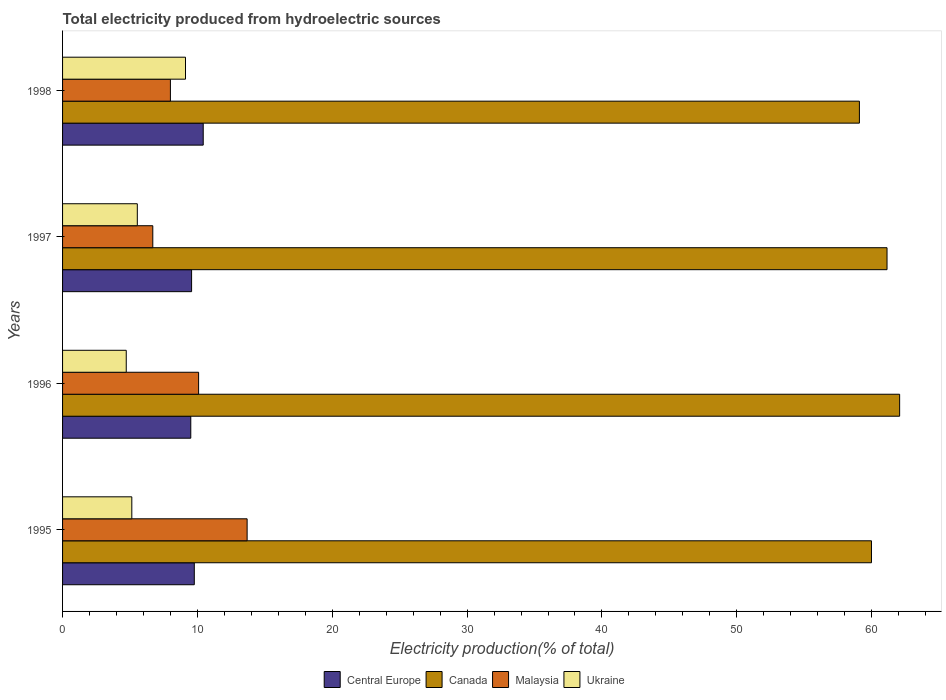
| Years | Central Europe | Canada | Malaysia | Ukraine |
 | --- | --- | --- | --- | --- |
 | 1995 | 9.77 | 60 | 13.7 | 5.14 |
 | 1996 | 9.51 | 62.1 | 10.1 | 4.72 |
 | 1997 | 9.57 | 61.1 | 6.69 | 5.54 |
 | 1998 | 10.4 | 59.1 | 8 | 9.12 |